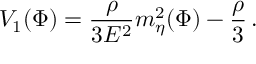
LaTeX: V _ { 1 } ( \Phi ) = \frac { \rho } { 3 E ^ { 2 } } m _ { \eta } ^ { 2 } ( \Phi ) - \frac { \rho } { 3 } \, .